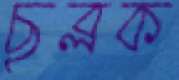
ছুব্‌লক